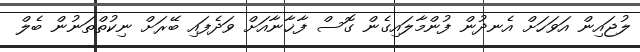
ލުޖައިން އަވަހަށް އެނދުން ފުންމާލައިގެން ގޮސް ފާޚާނާއަށް ވަދެފައި ބޭރަށް ނިކުތްތަނުން ބެލް